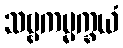
သဗ္ဗကမ္မက္ခယံ